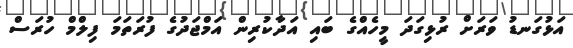
އަޅުގަނޑު ވަރަށް ރުޅިގަދަ މީހެއްގެ ބައި އަދާކުރިން އަމްޖަދުގެ ފުރަތަމަ ފިލްމް ހުރަސް